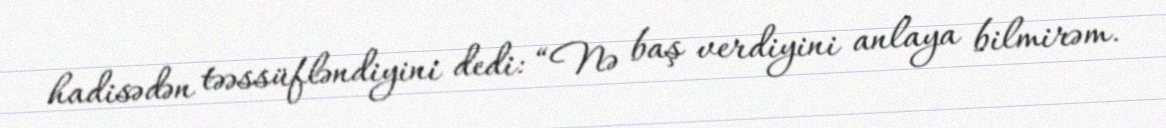
hadisədən təəssüfləndiyini dedi: “Nə baş verdiyini anlaya bilmirəm.